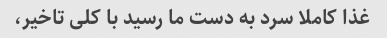
غذا کاملا سرد به دست ما رسید با کلی تاخیر،